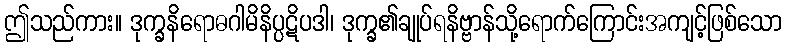
ဤသည်ကား။ ဒုက္ခနိရောဓဂါမိနိပ္ပဋိပဒါ၊ ဒုက္ခ၏ချုပ်ရနိဗ္ဗာန်သို့ရောက်ကြောင်းအကျင့်ဖြစ်သော